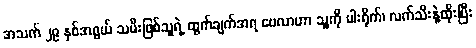
အသက် ၂၉ နှစ်အရွယ် သမီးဖြစ်သူရဲ့ ထွက်ချက်အရ ဗေလာဟာ သူ့ကို ပါးရိုက်၊ လက်သီးနဲ့ထိုးပြီး